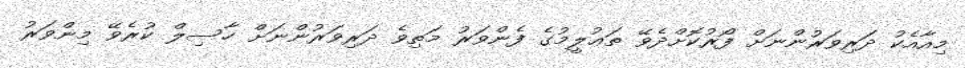
މިއާއެކު ދަރިވަރުންނަށް ފޯރުކޮށްދެވޭ ތަޢުލީމުގެ ފެންވަރު މަތިވެ ދަރިވަރުންނަށް ހާސިލް ކުރެވޭ މިންވަރު